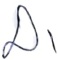
Text: D1